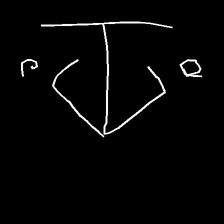
Glyph: earth